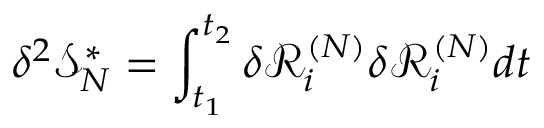
\delta ^ { 2 } \mathcal { S } _ { N } ^ { * } = \int _ { t _ { 1 } } ^ { t _ { 2 } } \delta \mathcal { R } _ { i } ^ { ( N ) } \delta \mathcal { R } _ { i } ^ { ( N ) } d t